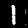
Label: 1